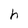
Character: h